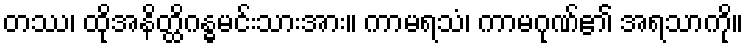
တဿ၊ ထိုအနိတ္ထိဂန္ဓမင်းသားအား။ ကာမရသံ၊ ကာမဂုဏ်၏ အရသာကို။